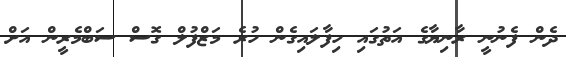
ދެން ފެނުނީ ރާނިޔާގެ އަތުގައި ހިފާލައިގެން ހުރެ މަޒްފުލް ގޮސް ސަބްމެރީން އަށް